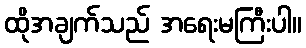
ထိုအချက်သည် အရေးမကြီးပါ။